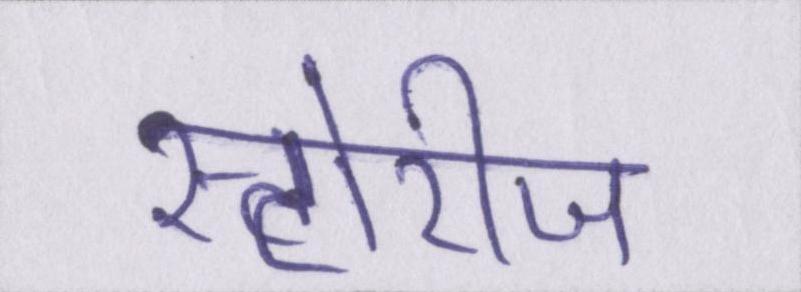
स्टोरीज